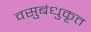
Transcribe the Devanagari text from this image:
वसुबंधुकृत